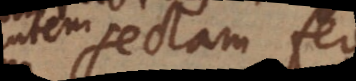
autem sectam fere